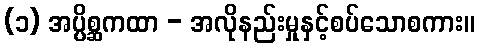
(၁) အပ္ပိစ္ဆကထာ - အလိုနည်းမှုနှင့်စပ်သောစကား။